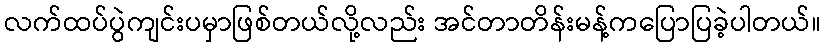
လက်ထပ်ပွဲကျင်းပမှာဖြစ်တယ်လို့လည်း အင်တာတိန်းမန့်ကပြောပြခဲ့ပါတယ်။